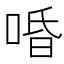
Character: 㖧